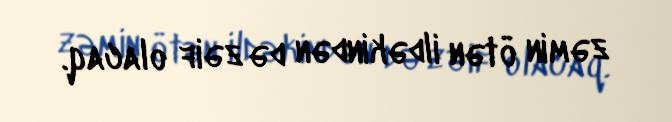
zəmin ötən ildəkindən də zəif olacaq.